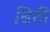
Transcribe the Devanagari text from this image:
ब्रिटी